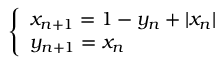
\left\{ \begin{array} { l l } { x _ { n + 1 } = 1 - y _ { n } + | x _ { n } | } \\ { y _ { n + 1 } = x _ { n } } \end{array} \right.